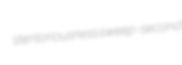
stentoriousness sweep-second